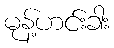
မုန့်ဟင်းခါး